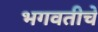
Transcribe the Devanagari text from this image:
भगवतीचे